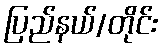
ပြည်နယ်/တိုင်း